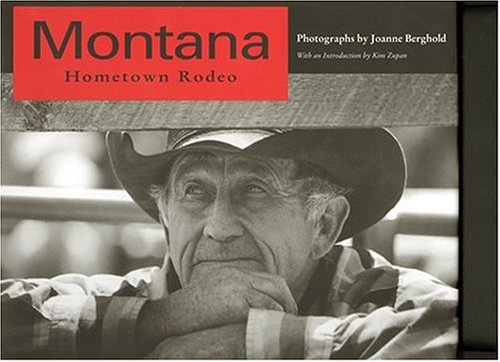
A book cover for Montana Hometown Rodeo; Sports & Outdoors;